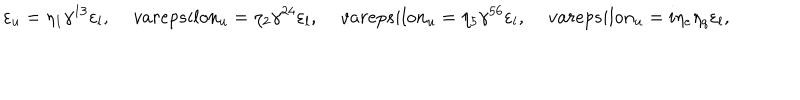
LaTeX: \varepsilon _ { u } = \eta _ { 1 } \gamma ^ { 1 3 } \varepsilon _ { l } , \, v a r e p s i l o n _ { u } = \eta _ { 2 } \gamma ^ { 2 4 } \varepsilon _ { l } , \, v a r e p s i l o n _ { u } = \eta _ { 5 } \gamma ^ { 5 6 } \varepsilon _ { l } , \, v a r e p s i l o n _ { u } = i \eta _ { e } \eta _ { q } \varepsilon _ { l } ,